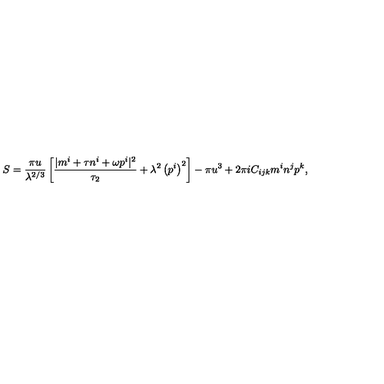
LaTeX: S = \frac { \pi u } { \lambda ^ { 2 / 3 } } \left[ \frac { | m ^ { i } + \tau n ^ { i } + \omega p ^ { i } | ^ { 2 } } { \tau _ { 2 } } + \lambda ^ { 2 } \left( p ^ { i } \right) ^ { 2 } \right] - \pi u ^ { 3 } + 2 \pi i C _ { i j k } m ^ { i } n ^ { j } p ^ { k } ,